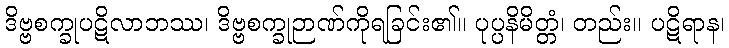
ဒိဗ္ဗစက္ခုပဋိလာဘဿ၊ ဒိဗ္ဗစက္ခုဉာဏ်ကိုရခြင်း၏။ ပုပ္ပနိမိတ္တံ၊ တည်း။ ပဋိရာန၊